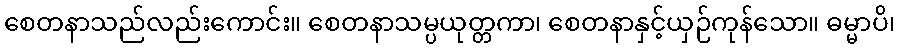
စေတနာသည်လည်းကောင်း။ စေတနာသမ္ပယုတ္တကာ၊ စေတနာနှင့်ယှဉ်ကုန်သော။ ဓမ္မာပိ၊